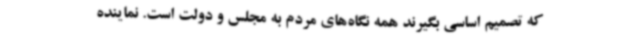
که تصمیم اساسی بگیرند همه نگاه‌های مردم به مجلس و دولت است. نماینده